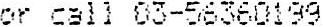
OR CALL 03-56360199